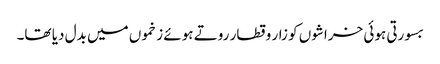
بسورتی ہوئی خراشوں کو زار و قطار روتے ہوئے زخموں میں بدل دیا تھا۔